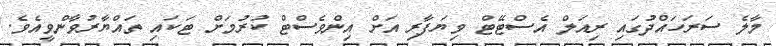
މާލެ ސަރަހައްދުގައި ރިއަލް އެސްޓޭޓް ވިޔަފާރި އަށް އިންވެސްޓް ކުރުމަށް ޓަކައި ތައްޔާރުވާންވީއެވެ.